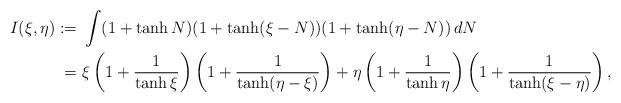
LaTeX: \begin{align*} I (\xi,\eta) := & \ \int (1+\tanh N) ( 1+ \tanh(\xi-N))(1+\tanh(\eta-N)) \, dN \\ = & \ \xi\left(1+\frac{1}{\tanh \xi}\right)\left( 1 + \frac{1}{\tanh(\eta-\xi)}\right) + \eta\left(1+\frac{1}{\tanh \eta}\right)\left( 1 + \frac{1}{\tanh(\xi-\eta)}\right), \end{align*}